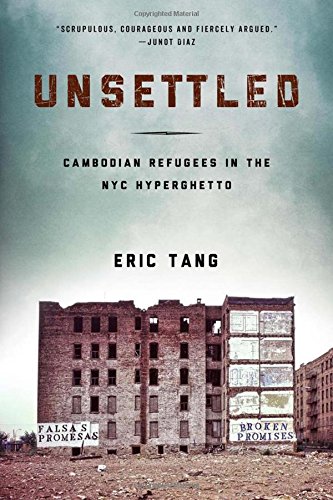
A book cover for Unsettled: Cambodian Refugees in the New York City Hyperghetto (Asian American History & Cultu); Eric Tang; Politics & Social Sciences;